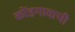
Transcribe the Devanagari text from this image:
कोंडगावाची